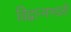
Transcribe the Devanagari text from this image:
विद्वान्मण्डली